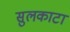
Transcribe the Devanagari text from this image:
सुलकाटा